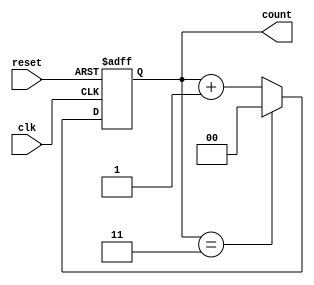
module mod_n_async_counter #(parameter N = 4) (
    input wire clk,
    input wire reset,
    output reg [$clog2(N)-1:0] count
);

// Asynchronous reset and counting logic
always @(posedge clk or posedge reset) begin
    if (reset) begin
        count <= 0; // Reset the counter to 0
    end else begin
        if (count == N-1) begin
            count <= 0; // Reset to 0 when reaching N-1
        end else begin
            count <= count + 1; // Increment the counter
        end
    end
end

endmodule